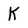
Character: K